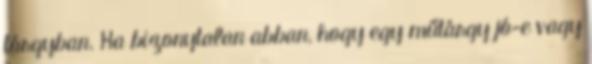
tárgyban. Ha bizonytalan abban, hogy egy műtárgy jó-e vagy